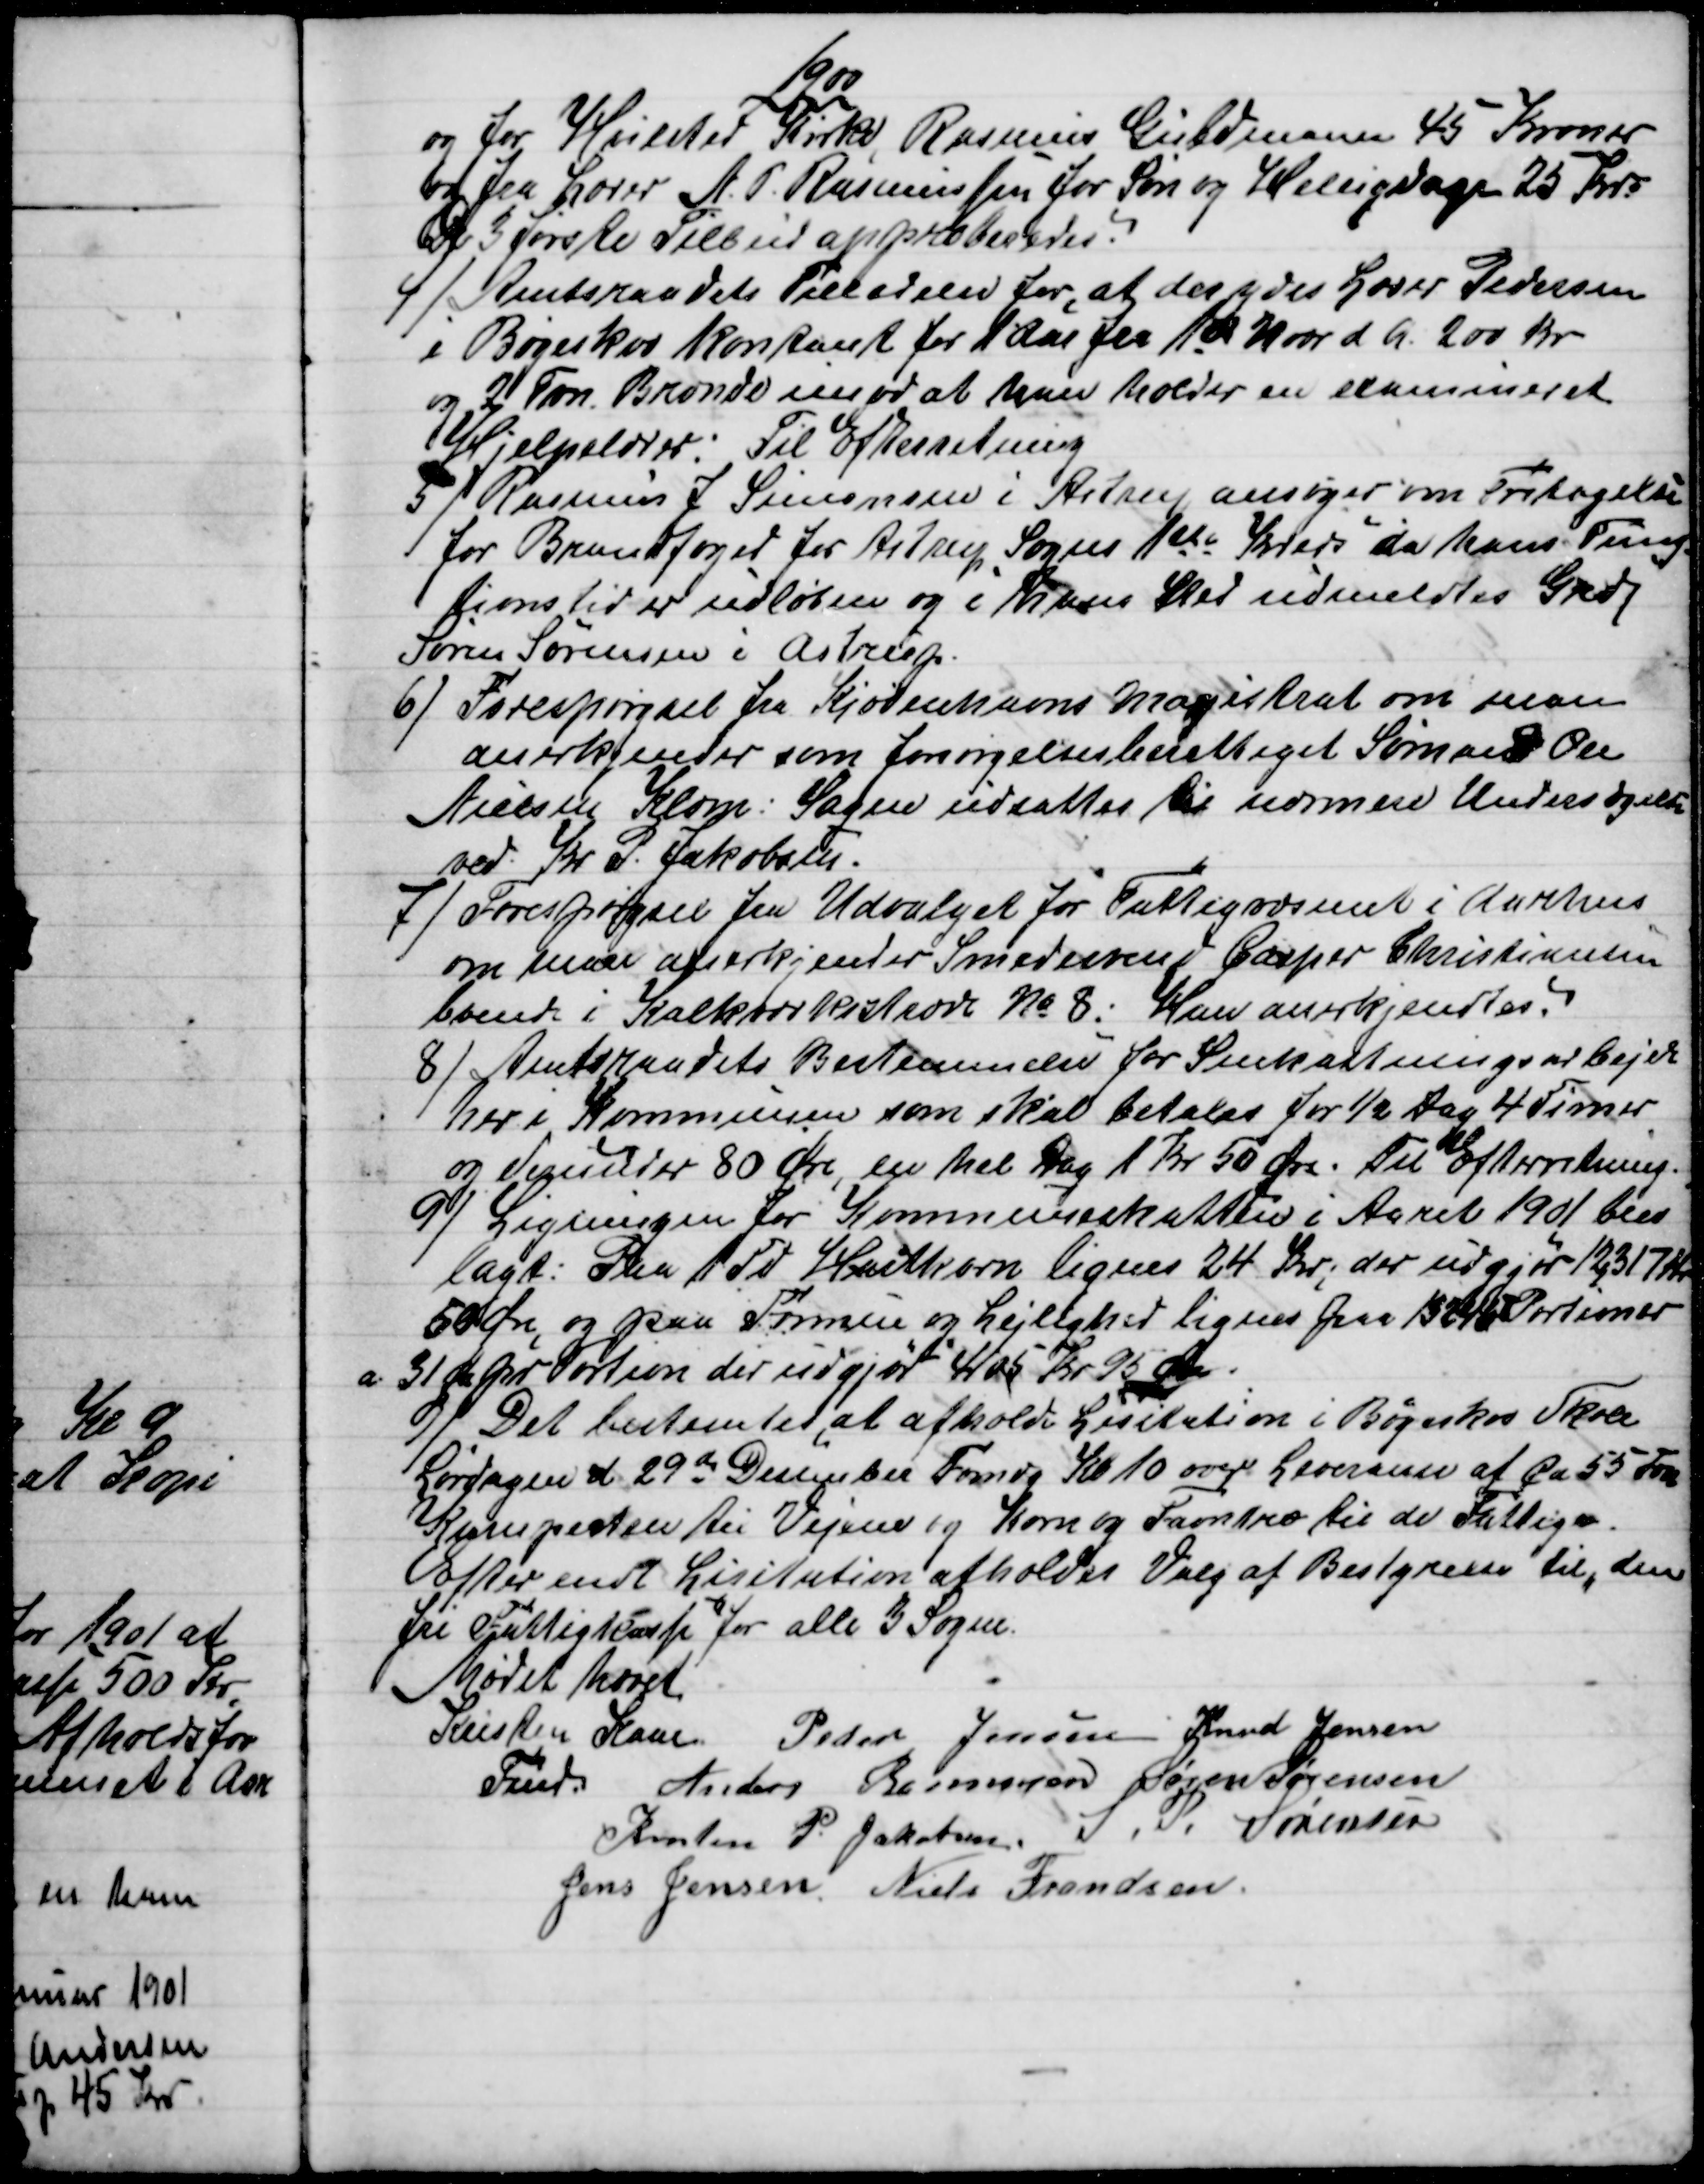
Transskription:
1900
og for Hvilsted Kirke, Rasmus Guldmann 45 Kroner
og fra Lærer N. P. Rasmussen for Søn og Helligdage 25 Kr.
De 3 første Tilbud approberedes.
4)
Amtsraadets Tilladelse for, at der ydes Lærer Pedersen
i Bøgeskov kontant for 1 Aar fra 1st Novr d. A. 200 Kr.
og 2 Fvn Brænde imod at han holder en eksamineret
Hjelpelærer: Til Efterretning
5)
Rasmus J. Simonsen i Astrup ansøger om Fritagelse
for Brandfoged for Astrup Sogns 1ste Kreds da hans Fung-
tions tid er udløben og i hans Sted udmeldtes Grdj
Søren Sørensen i Astrup.
6) 
Forespørgsel fra Kjøbenhavns Magistrat om man
anerkjender som forsørgelsesberettiget Sømand Ole
Nielsen Klæm: Sagen udsattes til nærmere Undersøgelse
ved Kr. P. Jakobsen.
7)
Forespørgsel fra Udvalget for Fattigvæsenet i Aarhus
om man anerkjender Smedesvend Casper Christiansen
boende i Kalkværksstræde № 8: Han anerkjendtes.
8) 
Amtsraadets Bestemmelse for Snekastningsarbejde
her i Kommunen som skal betales for ½ Dag 4 Timer
og derunder 80 Øre, en hel Dag 1 Kr 50 Øre. Til Efterretning.
9) 
Ligningen for Kommuneskatten i Aaret 1901 blev
lagt: Paa 1 Td Hartkorn lignes 24 Kr; der udgjør 12,317 Kr.
50 Øre, og paa Formue og Lejlighed lignes paa 13245 Portioner
a 31 Øre pr Portion der udgjør 4105 Kr 95 Øre.
9) Det bestemtes, at afholde Lisitation i Bøgeskov Skole
Lørdagen d. 29de Desember Fomdg Kl 10 over Leveranse af Ca. 55 Fvn
Kampesten til Vejene og Korn og Favntræ til de Fattige.
Efter endt Lisitation afholdes Valg af Bestyrelse til "den
fri Fattigkasse" for alle 3 Sogne.
Mødet hævet
Kristen Kaae
Fmd.
Peder Jensen Knud Jensen
Anders Rasmussen Søren Sørensen
Kresten P. Jakobsen. S. P. Sørensen
Jens Jensen Niels Frandsen.